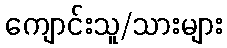
ကျောင်းသူ/သားများ